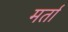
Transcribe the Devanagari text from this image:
मर्ता